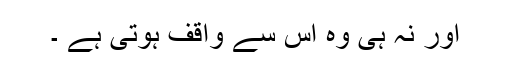
اور نہ ہی وہ اس سے واقف ہوتی ہے ۔